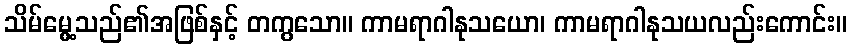
သိမ်မွေ့သည်၏အဖြစ်နှင့် တကွသော။ ကာမရာဂါနုသယော၊ ကာမရာဂါနုသယလည်းကောင်း။